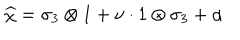
\widehat { \chi } = \sigma _ { 3 } \otimes 1 + \nu \cdot 1 \otimes \sigma _ { 3 } + \alpha